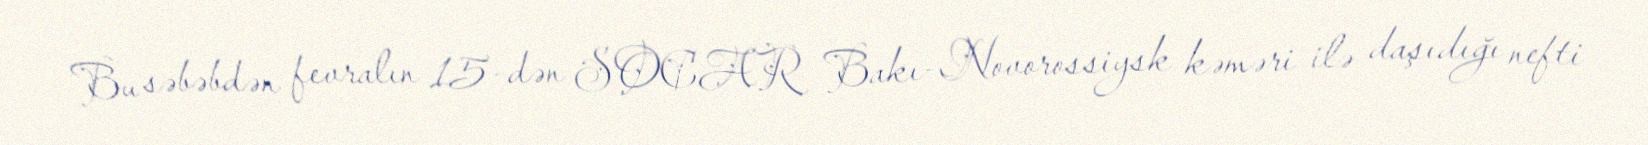
Bu səbəbdən fevralın 15-dən SOCAR Bakı-Novorossiysk kəməri ilə daşıdığı nefti